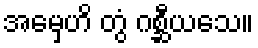
အမှေဟိ တွံ ဂစ္ဆီယသေ။